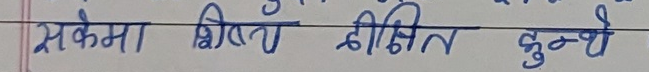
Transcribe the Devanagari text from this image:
सकेमा भिन्नता दीक्षित कुन्थे